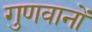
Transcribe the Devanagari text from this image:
गुणवानों